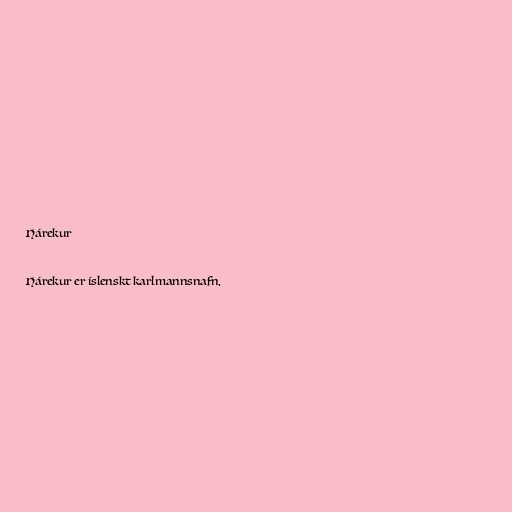
Hárekur

Hárekur er íslenskt karlmannsnafn.